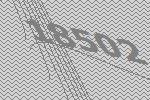
18502